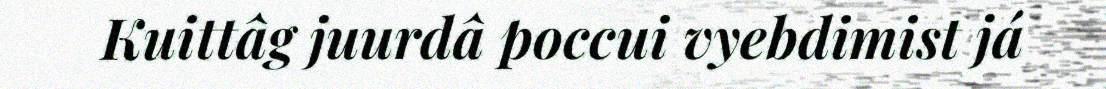
Kuittâg juurdâ poccui vyebdimist já